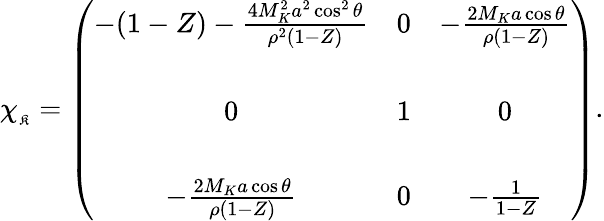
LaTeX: \chi_{_\mathfrak{K}}=\left(\begin{array}{ccc}{{-(1-Z)-{\frac{4M_{K}^{2}a^{2}\cos^{2}\theta}{\rho^{2}(1-Z)}}}}&{{0}}&{{-{\frac{2M_{K}a\cos\theta}{\rho(1-Z)}}}}\\ {{}}&{{}}&{{}}\\ {{0}}&{{1}}&{{0}}\\ {{}}&{{}}&{{}}\\ {{-{\frac{2M_{K}a\cos\theta}{\rho(1-Z)}}}}&{{0}}&{{-{\frac{1}{1-Z}}}}\end{array}\right).